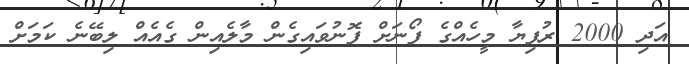
އަދި 2000 ރުފިޔާ މީހެއްގެ ފޯނަށް ފޮނުވައިގެން މާލެއިން ގެއެއް ލިބޭނެ ކަމަށް